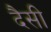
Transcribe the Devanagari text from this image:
दैसी